Lunatic asylums Burma 1922-24 - 1922-1924
Year: 1922
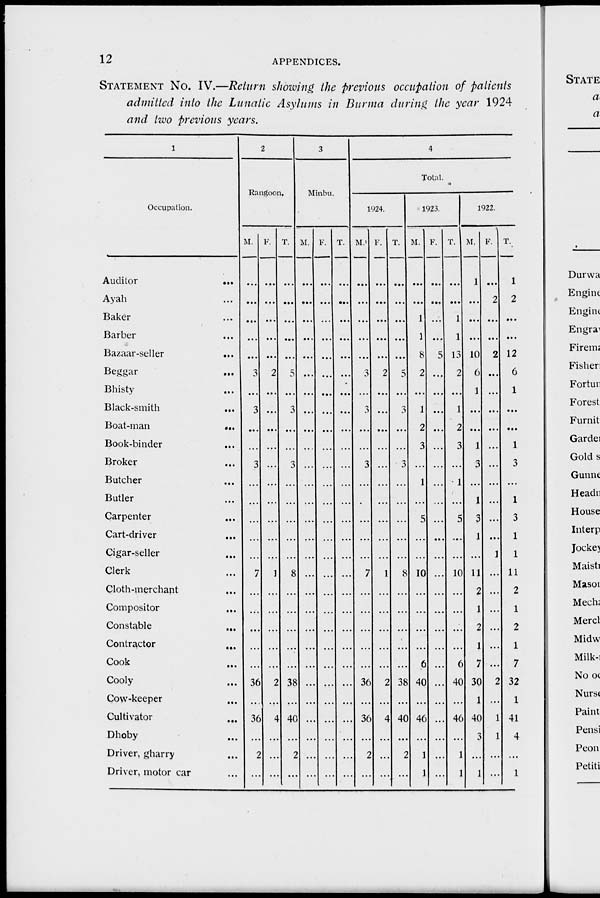
12
APPENDICES.
STATEMENT No. IV.—Return showing the previous occupation of patients
admitted into the Lunatic Asylums in Burma during the year 1924
and two previous years.
1
Occupation.
Auditor
...
Ayah ...
Baker ...
Barber ...
Bazaar-seller ...
Beggar ...
Bhisty ...
Black-smith ...
Boat-man
...
Book-binder ...
Broker ...
Butcher ...
Butler ...
Carpenter ...
Cart-driver ...
Cigar-seller ...
Clerk ...
Cloth-merchant ...
Compositor
...
Constable
...
Contractor
...
Cook ...
Cooly ...
Cow-keeper ...
Cultivator
...
Dhoby ...
Driver, gharry ...
Driver, motor car ...
2
Rangoon.
M.
...
...
...
...
...
3
...
3
...
...
3
...
...
...
...
...
7
...
...
...
...
...
36
...
36
...
2
...
F.
...
...
...
...
...
2
...
...
...
...
...
...
...
...
...
...
1
...
...
...
...
...
2
...
4
...
...
...
T.
...
...
...
...
...
5
...
3
...
...
3
...
...
...
...
...
8
...
...
...
...
...
38
...
40
...
2
...
3
Minbu.
M.
...
...
...
...
...
...
...
...
...
...
...
...
...
...
...
...
...
...
...
...
...
...
...
...
...
...
...
...
F.
...
...
...
...
...
...
...
...
...
...
...
...
...
...
...
...
...
...
...
...
...
...
...
...
...
...
...
...
T.
...
...
...
...
...
...
...
...
...
...
...
...
...
...
...
...
...
...
...
...
...
...
...
...
...
...
...
...
4
Total.
1924.
M.
...
...
...
...
...
3
...
3
...
...
3
...
...
...
...
...
7
...
...
...
...
...
36
...
36
...
2
...
F.
...
...
...
...
...
2
...
...
...
...
...
...
...
...
...
...
1
...
...
...
...
...
2
...
4
...
...
...
T.
...
...
...
...
...
5
...
3
...
...
3
...
...
...
...
...
8
...
...
...
...
...
38
...
40
...
2
...
1923.
M.
...
...
1
1
8
2
...
1
2
3
...
1
...
5
...
...
10
...
...
...
...
6
40
...
46
...
1
1
F.
...
...
...
...
5
...
...
...
...
...
...
...
...
...
...
...
...
...
...
...
...
...
...
...
...
...
...
...
T.
...
...
1
1
13
2
...
1
2
3
...
1
...
5
...
...
10
...
...
...
...
6
40
...
46
...
1
1
1922.
M.
1
...
...
...
10
6
1
...
...
1
3
...
1
3
1
...
11
2
1
2
1
7
30
1
40
...
...
1
F.
...
2
...
...
2
...
...
...
...
...
...
...
...
...
...
1
...
...
...
...
...
...
2
...
1
1
...
...
T.
1
2
...
...
12
6
1
...
...
1
3
...
1
3
1
1
11
2
1
2
1
7
32
1
41
4
...
1